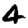
Digit: 4